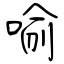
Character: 喻